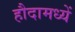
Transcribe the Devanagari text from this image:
हौदामध्यें